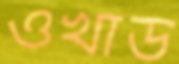
ওখার্ড